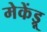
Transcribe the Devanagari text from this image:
मेकेंड्रू